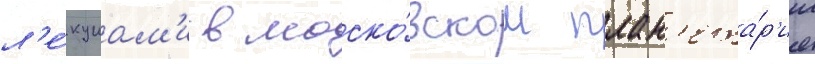
л'е́кциам'и в моско́вском план'ета́р'ии